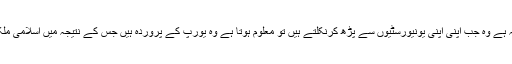
خود اسلامی ملکوں میں پڑھنے والوں کا حال یہ ہے وہ جب اپنی اپنی یونیورسٹیوں سے پڑھ کرنکلتے ہیں تو معلوم ہوتا ہے وہ یورپ کے پروردہ ہیں جس کے نتیجہ میں اسلامی ملکوں میں ایک کشمکش کی فضا پید ا ہوگئی ہے۔